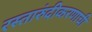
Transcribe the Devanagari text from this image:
रस्तारुंदीकरणाची